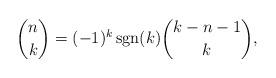
LaTeX: \begin{align*} \binom{n}{k} = (- 1)^k \operatorname{sgn} (k) \binom{k - n - 1}{k}, \end{align*}